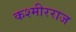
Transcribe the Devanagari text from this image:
कश्मीरराज